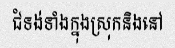
ជំទង់ទាំងក្នុងស្រុកនិងនៅ